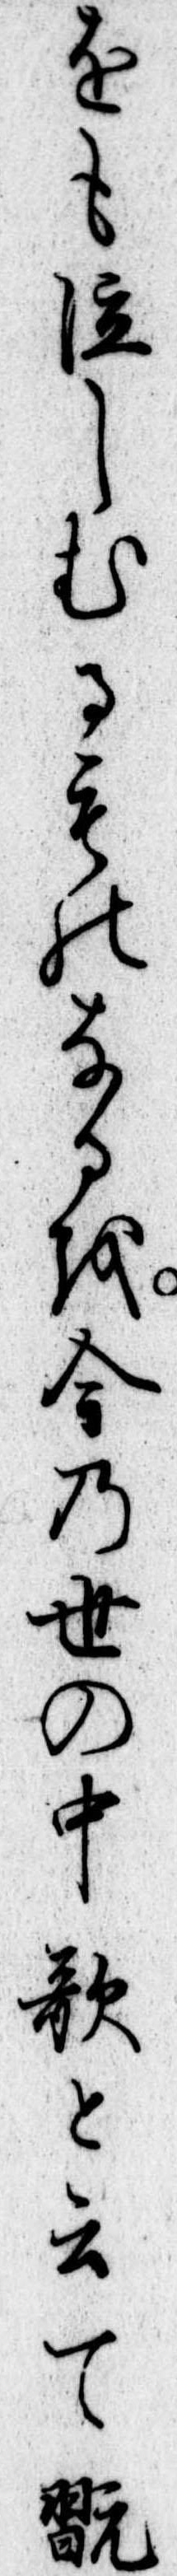
をも泣しむるものなるを今の世の中歌と云て翫